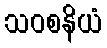
သဝစနိယံ